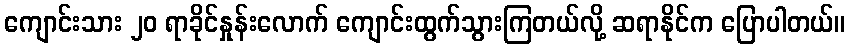
ကျောင်းသား ၂၀ ရာခိုင်နှုန်းလောက် ကျောင်းထွက်သွားကြတယ်လို့ ဆရာနိုင်က ပြောပါတယ်။